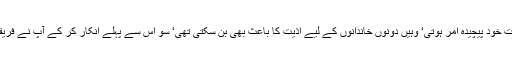
نکاح کے بعد علیحدگی جہاں ایک طرف بذاتِ خود پیچیدہ امر ہوتی‘ وہیں دونوں خاندانوں کے لیے اذیت کا باعث بھی بن سکتی تھی‘ سو اس سے پہلے انکار کر کے آپ نے فریقین کو اس اذیت اور پیچیدگی سے بچایا ہے۔